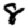
Digit: 8